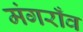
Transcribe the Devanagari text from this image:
मंगराँव